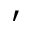
'